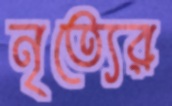
নৃত্যের